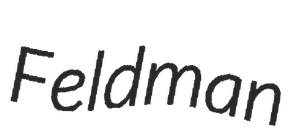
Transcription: Feldman